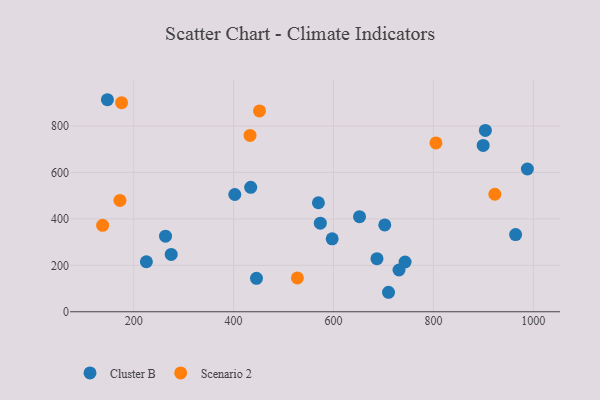
{"axis": {"x": "Investment", "y": "Exam Score"}, "legend": ["Cluster B", "Scenario 2"], "data": [{"x": "263.7", "y": 325.5, "type": "Cluster B"}, {"x": "445.8", "y": 144.1, "type": "Cluster B"}, {"x": "434.2", "y": 535.7, "type": "Cluster B"}, {"x": "899.6", "y": 716.3, "type": "Cluster B"}, {"x": "652.1", "y": 409.4, "type": "Cluster B"}, {"x": "569.8", "y": 469.3, "type": "Cluster B"}, {"x": "743.3", "y": 214.2, "type": "Cluster B"}, {"x": "687.0", "y": 228.7, "type": "Cluster B"}, {"x": "731.1", "y": 179.8, "type": "Cluster B"}, {"x": "904.0", "y": 780.6, "type": "Cluster B"}, {"x": "275.1", "y": 246.8, "type": "Cluster B"}, {"x": "573.6", "y": 381.3, "type": "Cluster B"}, {"x": "988.1", "y": 614.7, "type": "Cluster B"}, {"x": "402.4", "y": 505.0, "type": "Cluster B"}, {"x": "710.1", "y": 83.9, "type": "Cluster B"}, {"x": "702.6", "y": 373.9, "type": "Cluster B"}, {"x": "964.5", "y": 332.5, "type": "Cluster B"}, {"x": "147.4", "y": 913.0, "type": "Cluster B"}, {"x": "597.3", "y": 314.0, "type": "Cluster B"}, {"x": "225.4", "y": 215.3, "type": "Cluster B"}, {"x": "172.5", "y": 479.6, "type": "Scenario 2"}, {"x": "175.7", "y": 900.2, "type": "Scenario 2"}, {"x": "923.0", "y": 506.0, "type": "Scenario 2"}, {"x": "805.1", "y": 727.0, "type": "Scenario 2"}, {"x": "137.8", "y": 372.1, "type": "Scenario 2"}, {"x": "527.7", "y": 145.5, "type": "Scenario 2"}, {"x": "432.9", "y": 759.4, "type": "Scenario 2"}, {"x": "451.8", "y": 864.7, "type": "Scenario 2"}]}